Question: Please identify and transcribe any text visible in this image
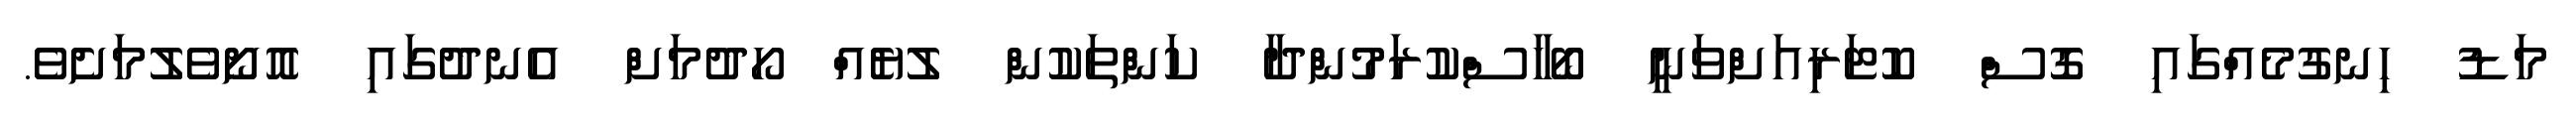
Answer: މަޑު ހިނގުމެއްގައި ގޮސް ކޮޓަރިއަށްވަނީ ބޯހާސްކުރަމުންދާ ކަންތަކުން ލުޔެއް ހޯދުމަށް އެނދުގައި އޮށޯވެލުމަށެވެ.